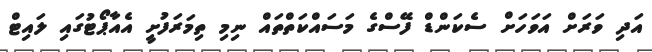
އަދި ވަރަށް އަވަހަށް ސެކަންޑް ފޭސްގެ މަސައްކަތްތައް ނިމި ތިމަރަފުށީ އެއާޕޯޓުގައި ލައިޓް